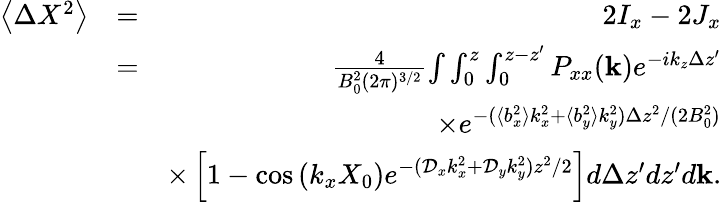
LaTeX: \begin{array}{rlr}{\left\langle\Delta X^{2}\right\rangle}&{=}&{2I_{x}-2J_{x}}\\ &{=}&{\frac{4}{B_{0}^{2}(2\pi)^{3/2}}{\int}\int_{0}^{z}\int_{0}^{z-z^{\prime}}P_{xx}(\mathbf{k})e^{-ik_{z}\Delta z^{\prime}}}\\ &{}&{\times e^{-(\langle b_{x}^{2}\rangle k_{x}^{2}+\langle b_{y}^{2}\rangle k_{y}^{2})\Delta z^{2}/(2B_{0}^{2})}}\\ &{}&{\times\left[1-\cos\left(k_{x}X_{0}\right)e^{-(\mathcal{D}_{x}k_{x}^{2}+\mathcal{D}_{y}k_{y}^{2})z^{2}/2}\right]d\Delta z^{\prime}dz^{\prime}d\mathbf{k}.}\end{array}